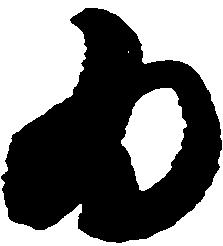
為